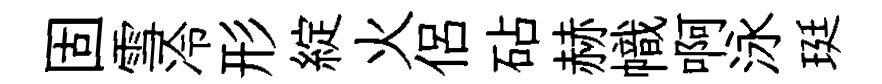
固雪冷形綻火侶砧赫幟啊泳珽